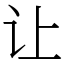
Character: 让